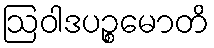
ဩဝါဒပဉ္စမောတိ